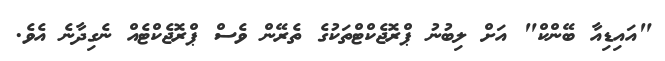
"އައިޑިއާ ބޭންކް" އަށް ލިބުނު ޕްރޮޖެކްޓްތަކުގެ ތެރޭން ވެސް ޕްރޮޖެކްޓެއް ނެގިދާނެ އެވެ.